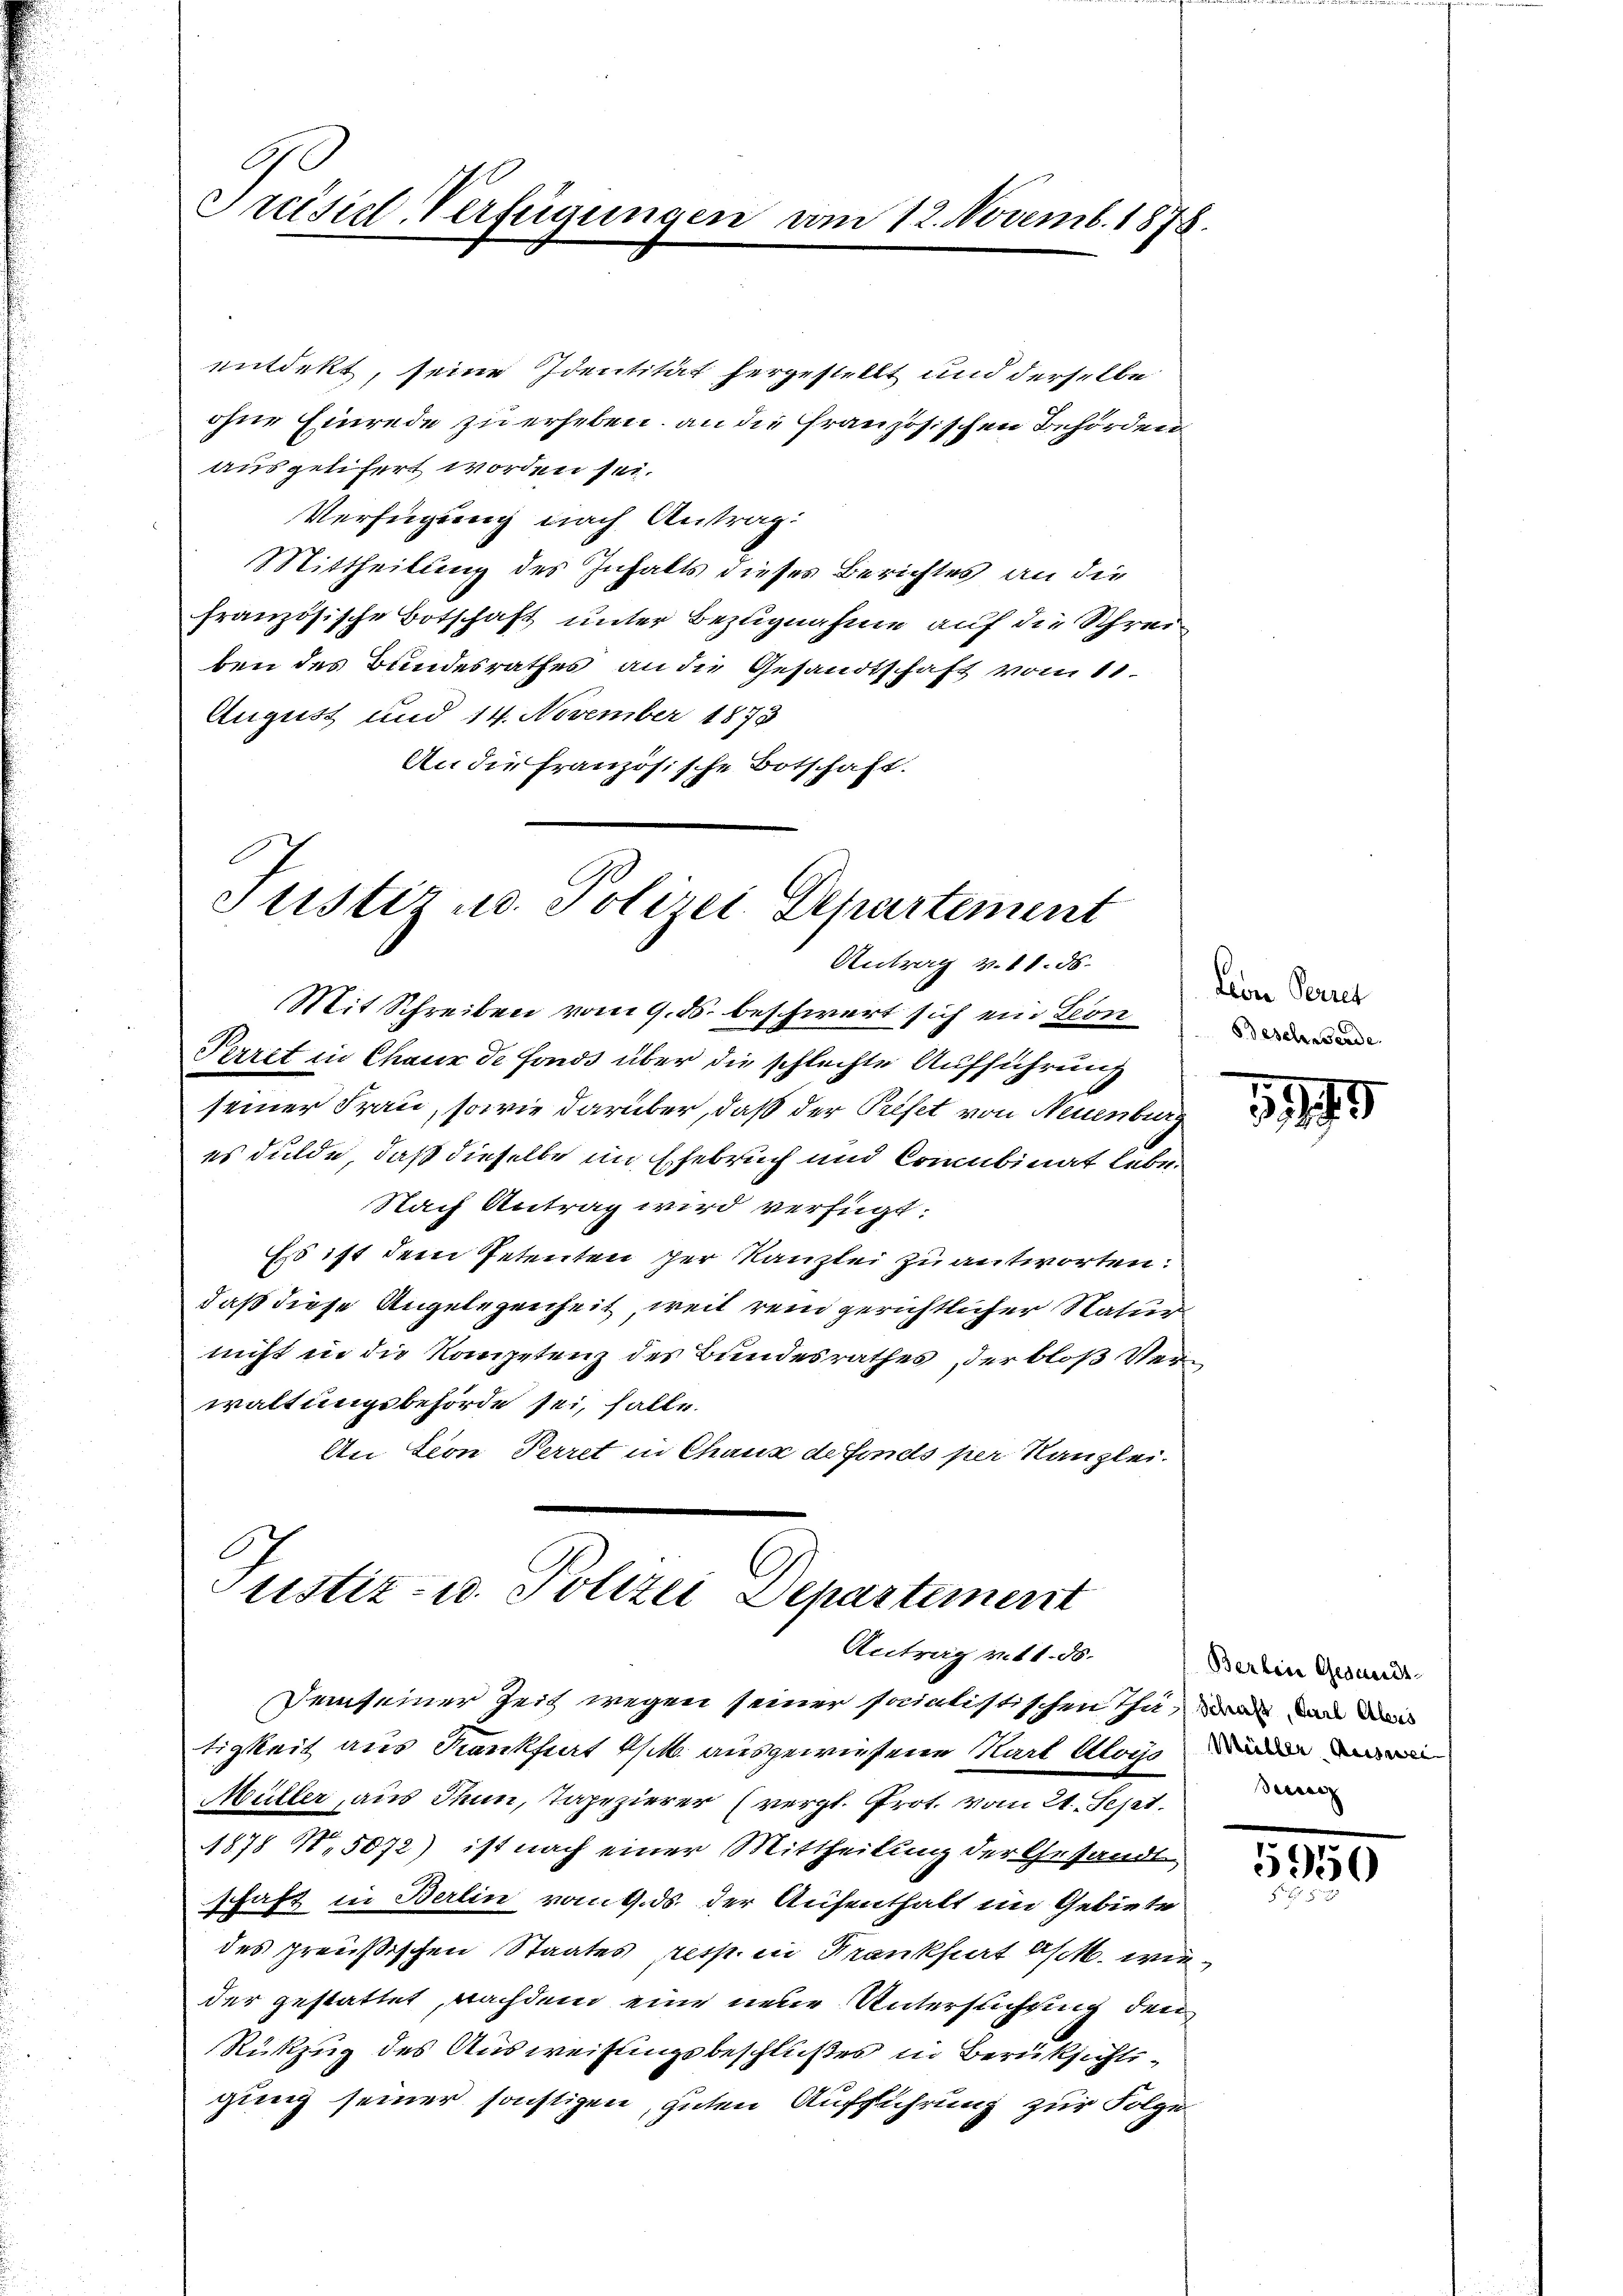
Preisicl-Verfügungen am 12. Novemb. 1878.

entdekt, seine Identität hergestellt und derselbe
ohne Einrede zu erheben, an die französischen Behörden
ausgelifert worden sei.
Verfügung nach Antrag:
Mittheilung des Inhalts dieses Berichtes an die
französische Botschaft unter Bezugnahme auf die Schreiben des Bundesrathes an die Gesandtschaft vom 11.
August und 14. November 1873
An die französische Botschaft.

Justiz u. Polizei Departement
Antrag v. 11. 56.
Mit Schreiben vom 9. ds. beschwert sich ein Leon
Perret in Chaux de fonds über die schlechte Aufführung

Justiz- u. Polizei Departement
Antrag v. 11. ds.

seiner Frau, sowie darüber, daß der Prefet von Neuenburg
es dulde, daß dieselbe im Ehebruch und Concubinat Lebe¬
Nach Antrag wird verfügt:
Es ist dem Petenten der Kanzlei zu antworten.
daß diese Angelegenheit, weit rein gerichtlicher Natur
nicht in die Kompetenz des Bundesrathes, der bloß Verwaltungsbehörde sei, falle.
An Lion Perret in Chaux de fonds per Kanzlei.

Leon Perres
Besche werde.

Demseiner Zeit wegen seiner socialistischen Tha, war und di
tigkeit aus Krankfurt k. ausgewiesene Karl Alois der
Müller, aus Thun, Tapezierer (vergl. Prot. vom 21. Sept.
1878 N. 5072) ist nach einer Mittheilung der Gesandt
schaft in Berlin vom 4. ds. der Aufenthalt im Gebiete
des preußischen Staates Altst in Krankheit es k. wieder gestattet, nachdem eine neue Untersuchung den
Rükzug des Ausweisungsbeschlußes in Berüksichtsgung seiner sonstigen, guten Aufführung zur Folge

1199

Berben Gesands-
Berec

5950